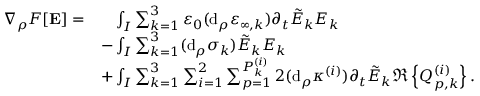
\begin{array} { r l } { \nabla _ { \rho } F [ \mathbf { E } ] = } & { \phantom { + } \int _ { I } \sum _ { k = 1 } ^ { 3 } \varepsilon _ { 0 } ( \mathrm { d } _ { \rho } \varepsilon _ { \infty , k } ) \partial _ { t } \tilde { E } _ { k } E _ { k } } \\ & { - \int _ { I } \sum _ { k = 1 } ^ { 3 } ( \mathrm { d } _ { \rho } \sigma _ { k } ) \tilde { E } _ { k } E _ { k } } \\ & { + \int _ { I } \sum _ { k = 1 } ^ { 3 } \sum _ { i = 1 } ^ { 2 } \sum _ { p = 1 } ^ { P _ { k } ^ { ( i ) } } 2 ( \mathrm { d } _ { \rho } \kappa ^ { ( i ) } ) \partial _ { t } \tilde { E } _ { k } \Re \left\{ Q _ { p , k } ^ { ( i ) } \right\} . } \end{array}